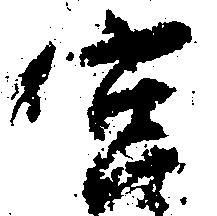
宮